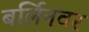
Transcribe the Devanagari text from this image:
बर्लिनवर